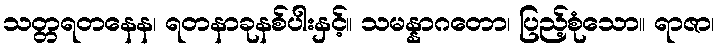
သတ္တရတနေန၊ ရတနာခုနစ်ပါးနှင့်။ သမန္နာဂတော၊ ပြည့်စုံသော။ ရာဇာ၊